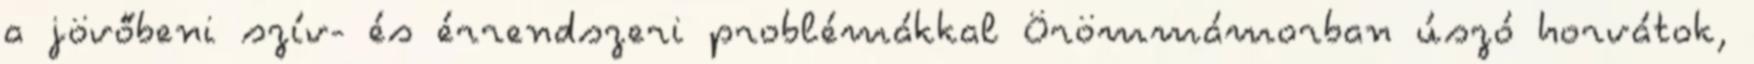
a jövőbeni szív- és érrendszeri problémákkal Örömmámorban úszó horvátok,